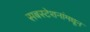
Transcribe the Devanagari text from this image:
सबस्टेशनांमधून